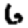
Digit: 6